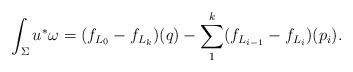
LaTeX: \begin{align*}\int_{\Sigma} u^*\omega=(f_{L_0}-f_{L_k})(q)- \sum_1^k (f_{L_{i-1}}-f_{L_{i}})(p_i) .\end{align*}